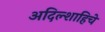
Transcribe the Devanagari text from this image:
अदिल्शाहिचे